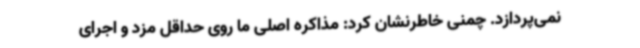
نمی‌پردازد. چمنی خاطرنشان کرد: مذاکره اصلی ما روی حداقل مزد و اجرای